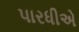
પારધીએ